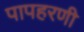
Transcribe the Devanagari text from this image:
पापहरणी